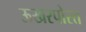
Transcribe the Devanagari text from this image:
ऊखरपोस्त